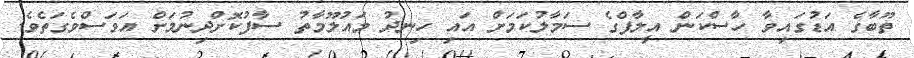
ތޫބާގެ އަޑުގައިވާ ހާސްކަން އީލާފްގެ ސަމާލުކަމަށް އައި ހިނދު މައުލޫމާތު ސާފުކޮށްދިނުމަށް އަވަސްވެގަތެވެ.